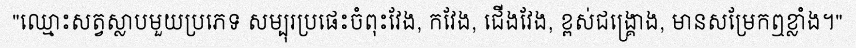
"ឈ្មោះសត្វស្លាបមួយប្រភេទ សម្បុរប្រផេះចំពុះវែង, កវែង, ជើងវែង, ខ្ពស់ជង្គ្រោង, មានសម្រែកឮខ្លាំង។"